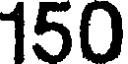
150